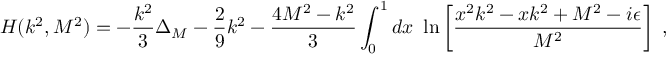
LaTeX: { \cal H } ( k ^ { 2 } , M ^ { 2 } ) = - \frac { k ^ { 2 } } { 3 } \Delta _ { M } - \frac { 2 } { 9 } k ^ { 2 } - \frac { 4 M ^ { 2 } - k ^ { 2 } } { 3 } \int _ { 0 } ^ { 1 } d x ~ \ln \left[ \frac { { x ^ { 2 } k ^ { 2 } - x k ^ { 2 } + M ^ { 2 } - i \epsilon } } { M ^ { 2 } } \right] \; ,